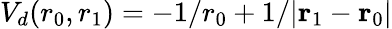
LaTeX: V_{d}(r_{0},r_{1})=-1/r_{0}+1/{|\mathbf{r}_{1}-\mathbf{r}_{0}|}